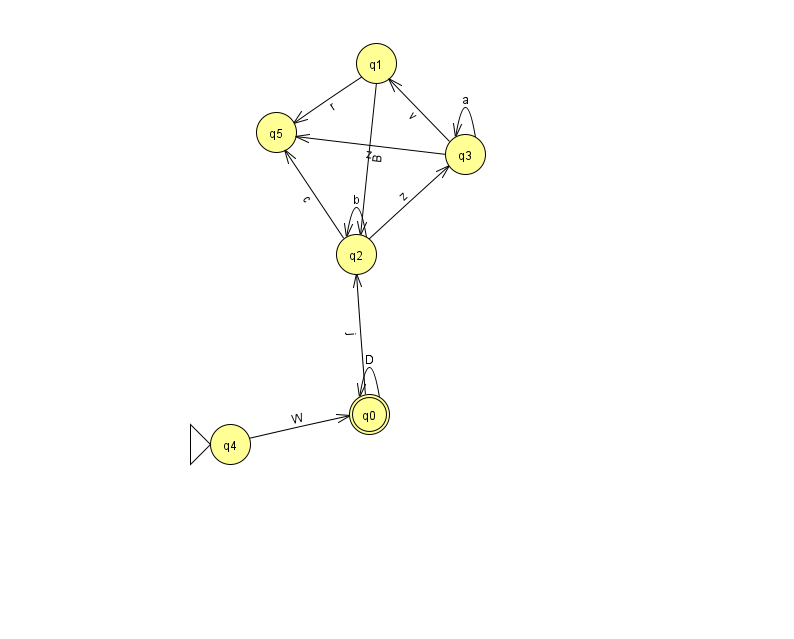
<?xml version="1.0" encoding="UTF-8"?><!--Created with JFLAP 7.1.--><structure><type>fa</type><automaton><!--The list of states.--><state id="0" name="q0"><x>369.0</x><y>401.0</y><final/></state><state id="1" name="q1"><x>376.0</x><y>50.0</y></state><state id="2" name="q2"><x>356.0</x><y>241.0</y></state><state id="3" name="q3"><x>465.0</x><y>141.0</y></state><state id="4" name="q4"><x>230.0</x><y>431.0</y><initial/></state><state id="5" name="q5"><x>276.0</x><y>119.0</y></state><!--The list of transitions.--><transition><from>1</from><to>2</to><read>B</read></transition><transition><from>2</from><to>5</to><read>c</read></transition><transition><from>3</from><to>3</to><read>a</read></transition><transition><from>2</from><to>2</to><read>b</read></transition><transition><from>1</from><to>5</to><read>r</read></transition><transition><from>0</from><to>0</to><read>D</read></transition><transition><from>3</from><to>1</to><read>v</read></transition><transition><from>2</from><to>3</to><read>z</read></transition><transition><from>3</from><to>5</to><read>z</read></transition><transition><from>4</from><to>0</to><read>W</read></transition><transition><from>0</from><to>2</to><read>j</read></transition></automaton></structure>